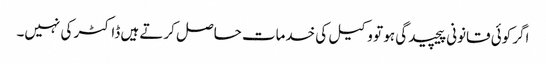
اگر کوئی قانونی پیچیدگی ہو تو وکیل کی خدمات حاصل کرتے ہیں ڈاکٹر کی نہیں۔